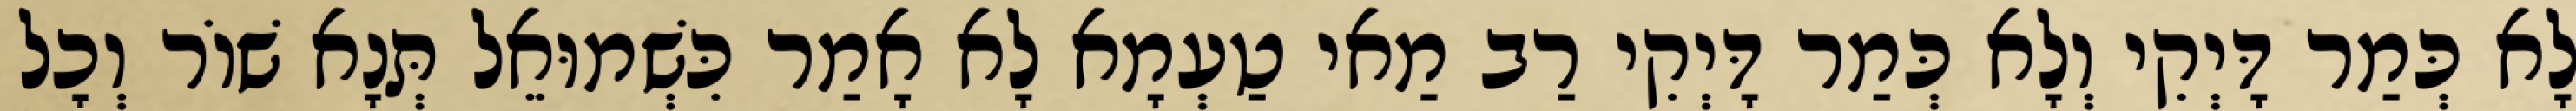
לָא כְּמַר דָּיְקִי וְלָא כְּמַר דָּיְקִי רַב מַאי טַעְמָא לָא אָמַר כִּשְׁמוּאֵל תְּנָא שׁוֹר וְכׇל